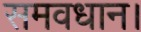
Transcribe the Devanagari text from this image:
समवधान।